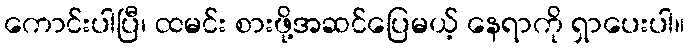
ကောင်းပါပြီ၊ ထမင်း စားဖို့အဆင်ပြေမယ့် နေရာကို ရှာပေးပါ။